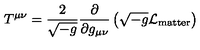
T ^ { \mu \nu } = \frac { 2 } { \sqrt { - g } } \frac { \partial } { \partial g _ { \mu \nu } } \left( \sqrt { - g } { \cal L } _ { \mathrm { m a t t e r } } \right)